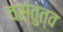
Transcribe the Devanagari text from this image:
वस्तुत्व